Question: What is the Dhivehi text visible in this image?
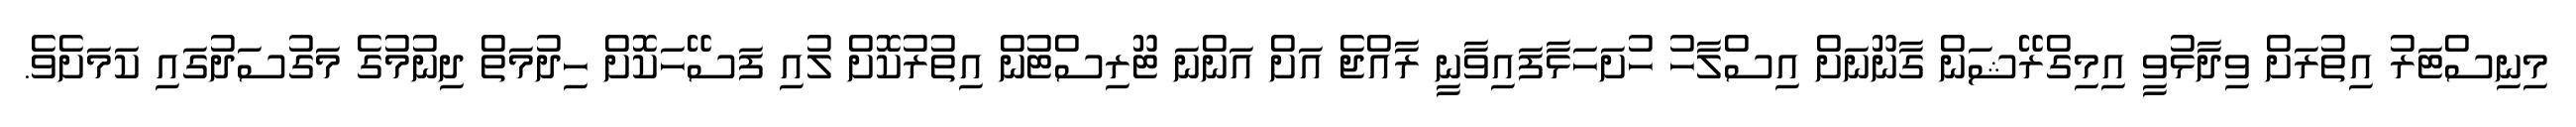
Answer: މިނިސްޓަރު އިތުރަށް ވިދާޅުވީ އިމިގްރޭޝަން ގާނޫނަށް އިސްލާހު ހުށަހަޅާފައިވާނީ ރާއްޖެ އަށް އަންނަ ޓޫރިސްޓުން އިތުރުކޮށް ލުއި ފަސޭހަކޮށް ހިދުމަތް ދިނުމުގެ މަގުސަދުގައި ކަމަށެވެ.